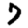
Digit: 7